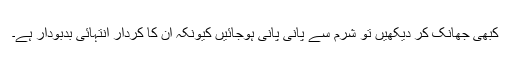
کبھی جھانک کر دیکھیں تو شرم سے پانی پانی ہوجائیں کیونکہ ان کا کردار انتہائی بدبودار ہے۔